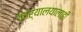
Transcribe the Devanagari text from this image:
कार्यालयालाही